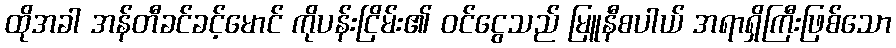
ထိုအခါ အန်တီခင်ခင့်မောင် ကိုပန်းငြိမ်း၏ ဝင်ငွေသည် မြူနီစပါယ် အရာရှိကြီးဖြစ်သော